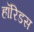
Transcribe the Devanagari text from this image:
हॉरिडस